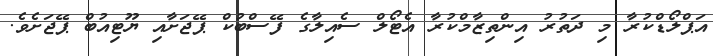
އަޕްލޯޑްކުރާ މި ދަތުރު އިންތިޒާމްކުރާ އެޓޯލް ސެއިލާގެ ފޭސްބުކް ޕޭޖަށާއި ޔޫޓިއުބް ޕޭޖަށެވެ.